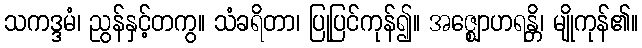
သကဒ္ဒမံ၊ ညွန်နှင့်တကွ။ သံခရိတာ၊ ပြုပြင်ကုန်၍။ အဇ္ဈောဟရန္တိ၊ မျိုကုန်၏။